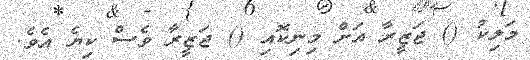
މަލިކު () ޖަޒީރާ އަށް މިނިކޮއި () ޖަޒީރާ ވެސް ކިޔެ އެވެ.